Civil Veterinary Dept. Bombay admin report 1907-1913 - 1907-1913
Year: 1907
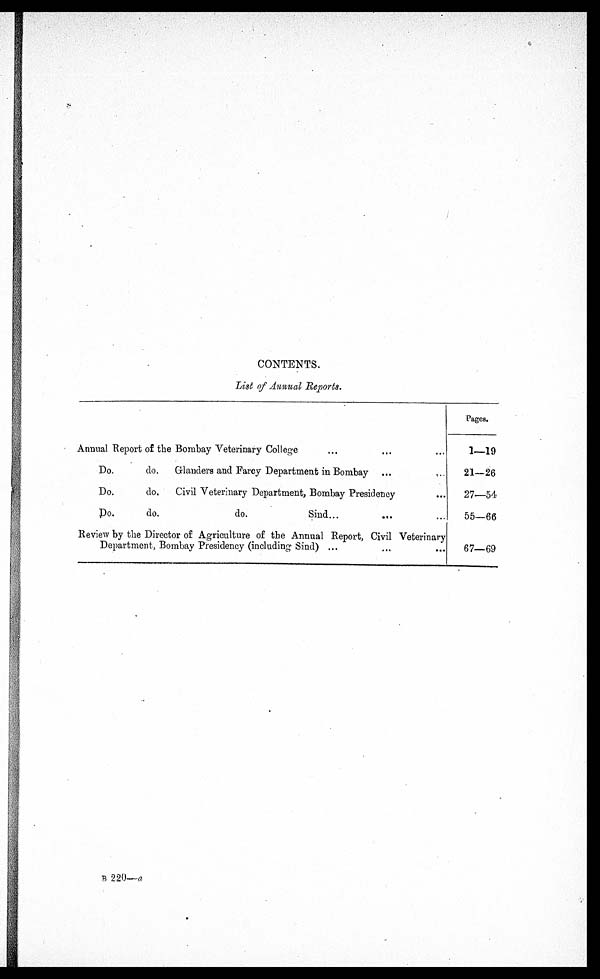
CONTENTS.
List of Annual Reports.
Annual Report of the Bombay Veterinary College ... ... ...
Do.
do.
Glanders and Farcy Department in Bombay ... ...
Do.
do.
Civil Veterinary Department, Bombay Presidency ...
Do.
do.
do.
Sind... ... ...
Review by the Director of Agriculture of the Annual Report, Civil Veterinary
Department, Bombay Presidency (including Sind) ... ... ...
Pages.
1—19
21—26
27—54
55—66
67—69
B 220—a